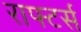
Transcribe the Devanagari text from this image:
राफ्टर्स